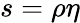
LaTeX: s=\rho\eta